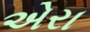
એરા